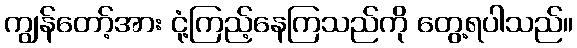
ကျွန်တော့်အား ငုံ့ကြည့်နေကြသည်ကို တွေ့ရပါသည်။